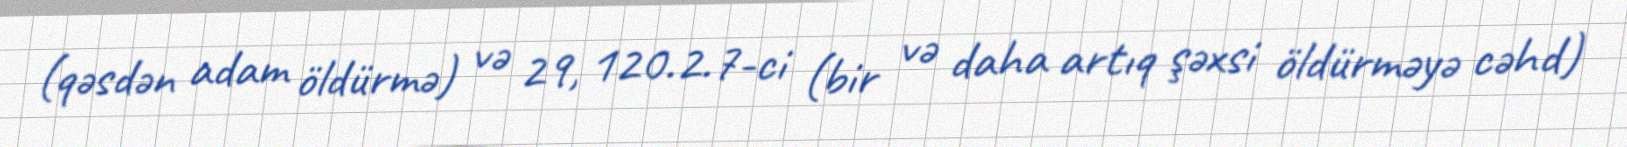
(qəsdən adam öldürmə) və 29, 120.2.7-ci (bir və daha artıq şəxsi öldürməyə cəhd)